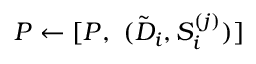
P \leftarrow [ P , \, \, ( \tilde { D } _ { i } , S _ { i } ^ { ( j ) } ) ]